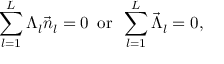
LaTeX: \sum _ { l = 1 } ^ { L } \Lambda _ { l } \vec { n } _ { l } = 0 \, \, \, \mathrm { o r } \, \, \, \sum _ { l = 1 } ^ { L } \vec { \Lambda } _ { l } = 0 ,